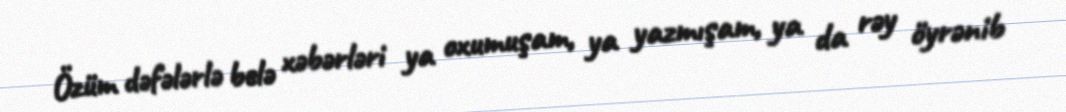
Özüm dəfələrlə belə xəbərləri ya oxumuşam, ya yazmışam, ya da rəy öyrənib